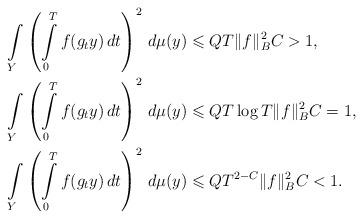
LaTeX: \begin{align*}\int\limits_Y \left(\int\limits_0^T f(g_t y) \, dt \right)^2\,d\mu(y) &\leqslant QT \|f\|_B^2 C> 1, \\\int\limits_Y \left(\int\limits_0^T f(g_t y) \, dt \right)^2\,d\mu(y) &\leqslant QT \log T \|f\|_B^2 C=1, \\\int\limits_Y \left(\int\limits_0^T f(g_t y) \, dt \right)^2\,d\mu(y) &\leqslant QT^{2-C} \|f\|_B^2 C< 1.\end{align*}